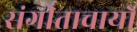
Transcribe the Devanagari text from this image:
संगीताचार्यों